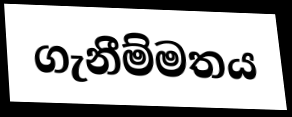
ගැනීම්මතය